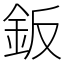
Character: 鈑